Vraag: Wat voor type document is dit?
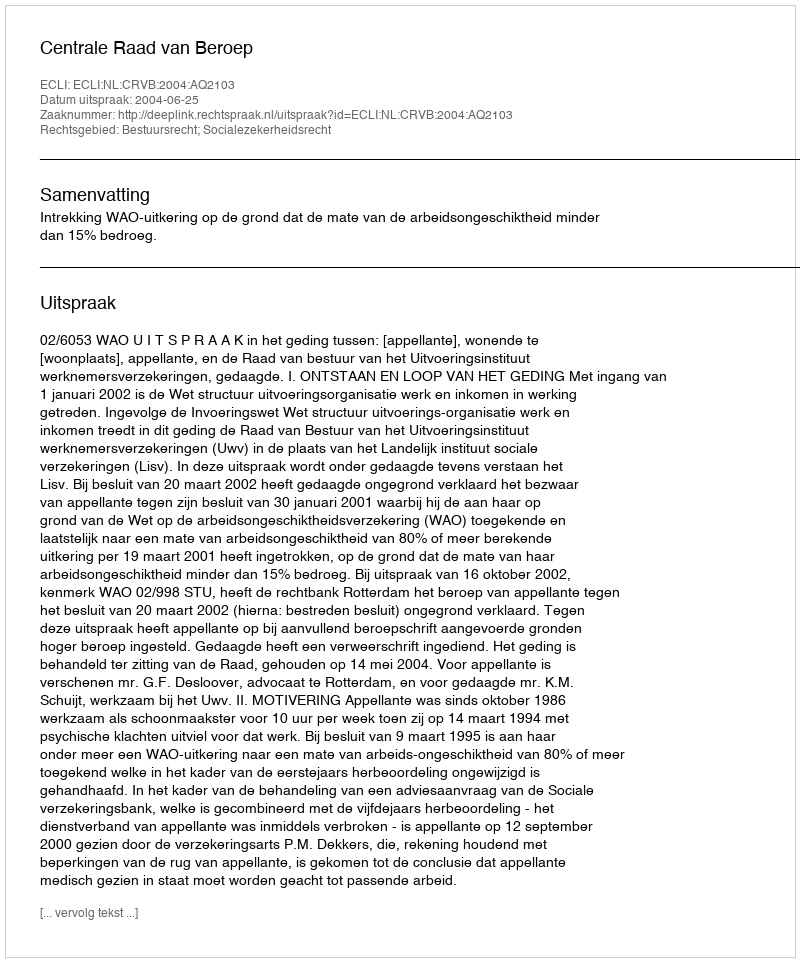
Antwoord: Uitspraak